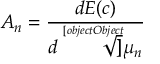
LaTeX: A _ { n } = { \frac { d E ( c ) } { d { \sqrt [ [object Object] ] { \mu _ { n } } } } }